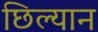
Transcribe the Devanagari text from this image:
छिल्यान